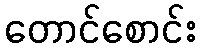
တောင်စောင်း